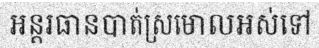
អន្តរធានបាត់ស្រមោលអស់ទៅ